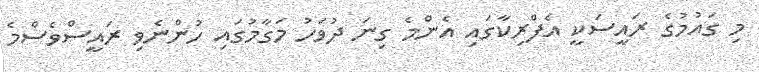
މި ގައުމުގެ ރައީސަކީ އެފްރިކާގައި އެންމެ ގިނަ ދުވަހު މަގާމުގައި ހުންނެވި ރައީސްވެސްމެ